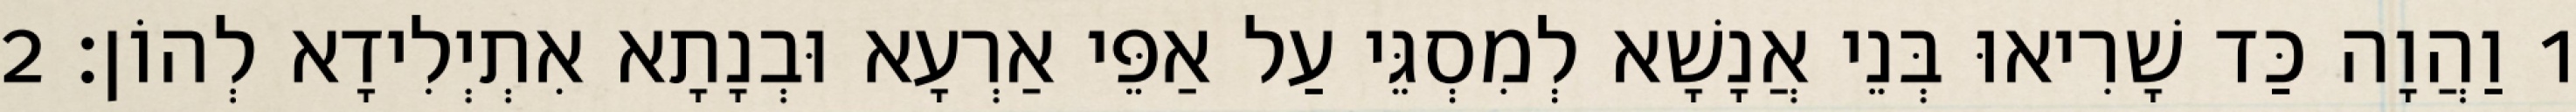
1 וַהֲוָה כַּד שָׁרִיאוּ בְּנֵי אֲנָשָׁא לְמִסְגֵּי עַל אַפֵּי אַרְעָא וּבְנָתָא אִתְיְלִידָא לְהוֹן׃ 2